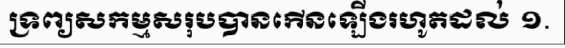
ទ្រព្យសកម្មសរុបបានកើនឡើងរហូតដល់ ១.